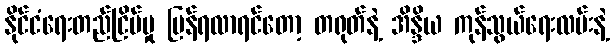
နိုင်ငံရေးတည်ငြိမ်မှု ပြန်ရလာရင်တော့ တရုတ်နဲ့ အိန္ဒိယ ကုန်သွယ်ရေးလမ်းနဲ့